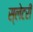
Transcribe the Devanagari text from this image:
स्लेटरी